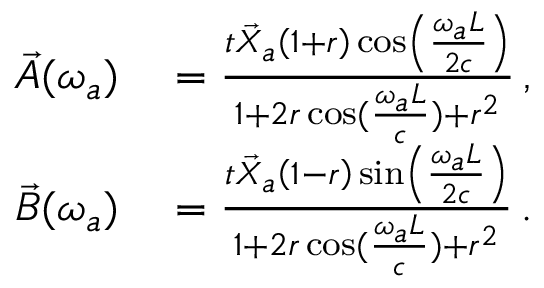
\begin{array} { r l } { \vec { A } ( \omega _ { a } ) } & { { } = \frac { t \vec { X } _ { a } \left( 1 + r \right) \cos \left( \frac { \omega _ { a } L } { 2 c } \right) } { 1 + 2 r \cos ( \frac { \omega _ { a } L } { c } ) + r ^ { 2 } } \, , } \\ { \vec { B } ( \omega _ { a } ) } & { { } = \frac { t \vec { X } _ { a } \left( 1 - r \right) \sin \left( \frac { \omega _ { a } L } { 2 c } \right) } { 1 + 2 r \cos ( \frac { \omega _ { a } L } { c } ) + r ^ { 2 } } \, . } \end{array}